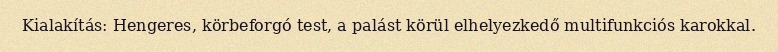
Kialakítás: Hengeres, körbeforgó test, a palást körül elhelyezkedő multifunkciós karokkal.